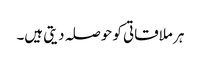
ہر ملاقاتی کو حوصلہ دیتی ہیں۔